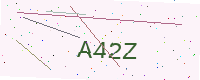
Text: A42Z